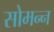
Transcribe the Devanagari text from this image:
सोमन्न